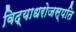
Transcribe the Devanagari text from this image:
विद्याधरोजस्पति